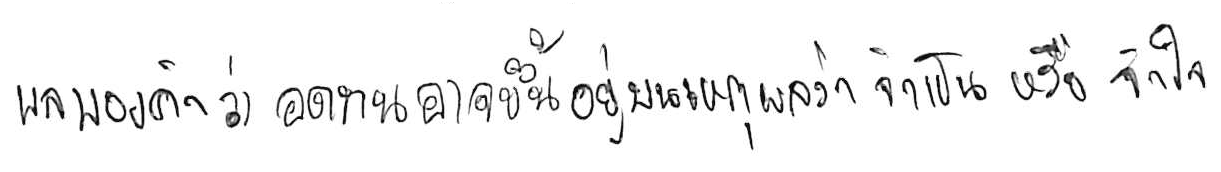
ผลของคำว่า อดทน อาจขึ้นอยู่บนเหตุผลว่า จำเป็น หรือ จำใจ